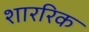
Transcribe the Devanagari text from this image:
शाररिक